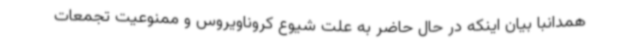
همدانبا بیان اینکه در حال حاضر به علت شیوع کروناویروس و ممنوعیت تجمعات